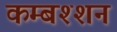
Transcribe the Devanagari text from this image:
कम्बश्शन